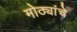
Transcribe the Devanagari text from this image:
मोठ्यांचे